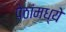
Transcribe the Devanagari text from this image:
पेठांमध्ये